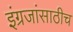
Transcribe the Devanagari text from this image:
इंग्रजांसाठीच